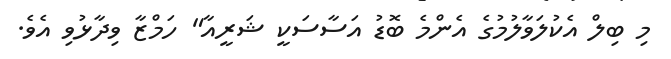
މި ބިލް އެކުލަވާލުމުގެ އެންމެ ބޮޑު އަސާސަކީ ޝަރީއާ" ހަމްޒާ ވިދާޅުވި އެވެ.